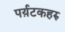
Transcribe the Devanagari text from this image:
पर्य़टकहरु